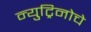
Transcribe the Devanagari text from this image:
न्युट्रिनोचे